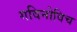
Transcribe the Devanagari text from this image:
गविनोविच